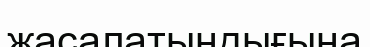
жасалатындығына